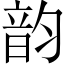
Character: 韵